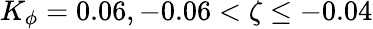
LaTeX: K_{\phi}=0.06,-0.06<\zeta\leq-0.04